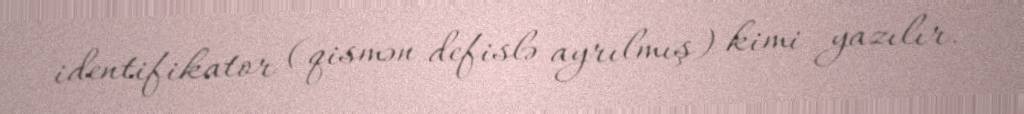
identifikator (qismən defislə ayrılmış) kimi yazılır.